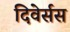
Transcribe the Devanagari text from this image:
दिवेर्सस